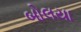
બોલયા